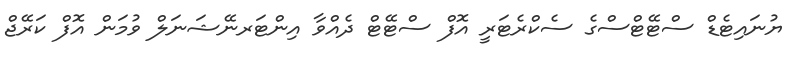
ޔުނައިޓެޑް ސްޓޭޓްސްގެ ސެކްރެޓަރީ އޮފް ސްޓޭޓް ދެއްވާ އިންޓަރނޭޝަނަލް ވުމަން އޮފް ކަރޭޖް